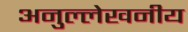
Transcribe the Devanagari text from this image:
अनुल्लेखनीय